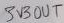
Text: 3V3OUT